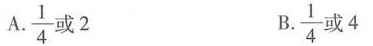
A. \frac{1} {4}或2 B. \frac{1}{4} 或4